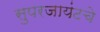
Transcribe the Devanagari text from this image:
सुपरजायंटचे